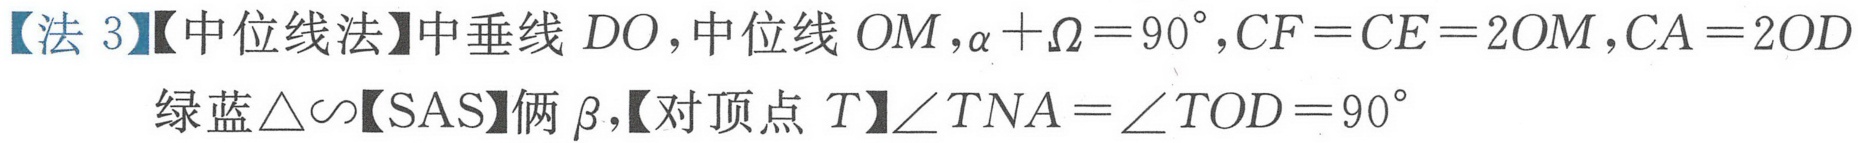
【法 3】【中位线法】中垂线 \(DO\)，中位线 \(OM\)，\(\alpha+\Omega = 90^{\circ}\)，\(CF = CE = 2OM\)，\(CA = 2OD\)
绿蓝\(\triangle\sim\)【SAS】俩\(\beta\)，【对顶点 \(T\)】\(\angle TNA=\angle TOD = 90^{\circ}\)